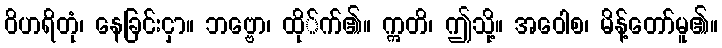
ဝိဟရိတုံ၊ နေခြင်းငှာ။ ဘဗ္ဗော၊ ထို်က်၏။ ဣတိ၊ ဤသို့။ အဝေါစ၊ မိန့်တော်မူ၏။